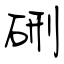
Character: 硎